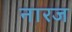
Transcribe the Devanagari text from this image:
नारज